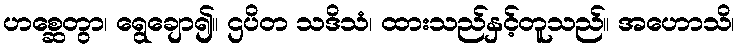
ဟစ္ဆေတွာ၊ ရွေချော၍။ ဌပိတ သဒိသံ၊ ထားသည်နှင့်တူသည်။ အဟောသိ၊